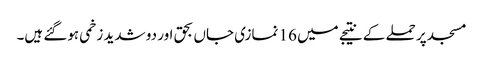
مسجد پر حملے کے نتیجے میں 16 نمازی جاں بحق اور دو شدید زخمی ہوگئے ہیں۔